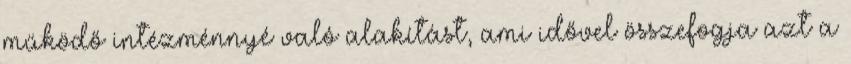
működő intézménnyé való alakítást, ami idővel összefogja azt a